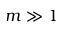
m \gg 1